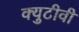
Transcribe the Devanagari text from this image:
क्युटीवी